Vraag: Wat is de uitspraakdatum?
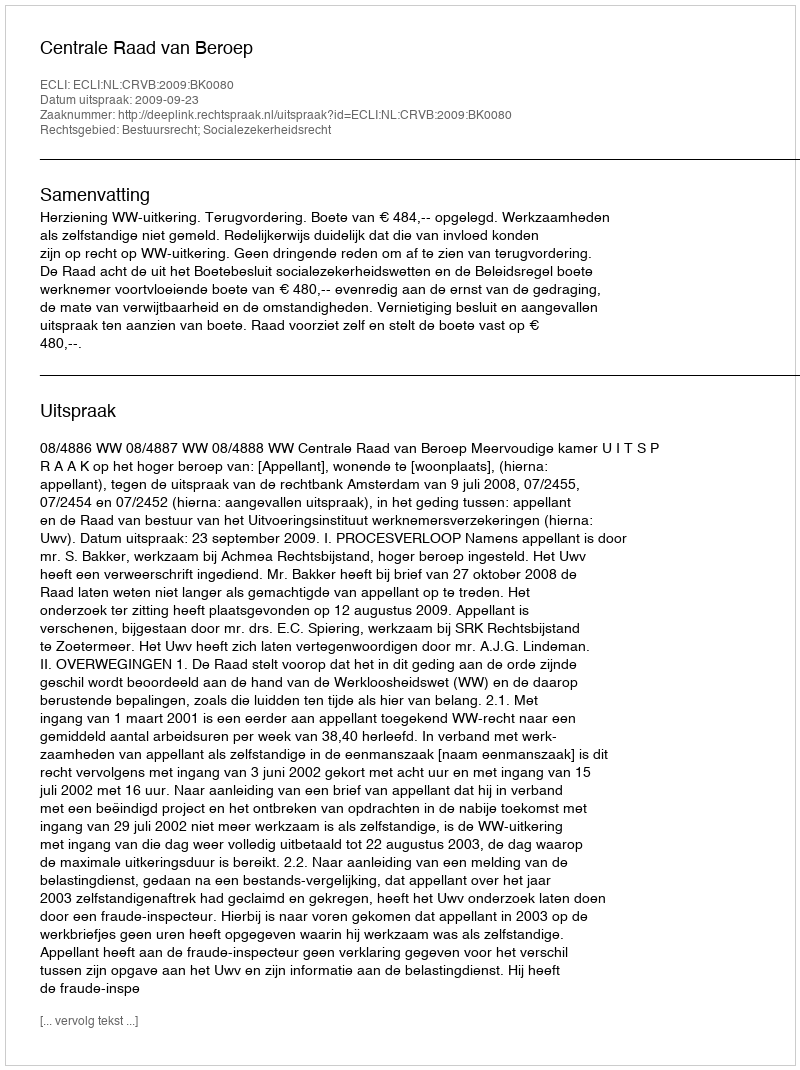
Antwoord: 2009-09-23